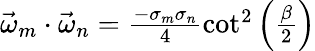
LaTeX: \begin{array}{r}{\vec{\omega}_{m}\cdot\vec{\omega}_{n}=\frac{-\sigma_{m}\sigma_{n}}{4}\cot^{2}\left(\frac{\beta}{2}\right)}\end{array}